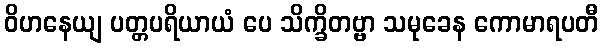
ဝိဟနေယျ ပတ္တပရိယာယံ ပေ သိက္ခိတဗ္ဗာ သမုခေန ကောမာရပတီ